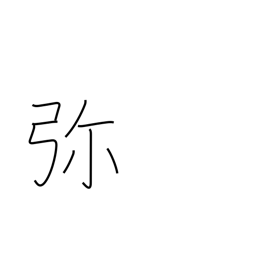
Meaning: all the more